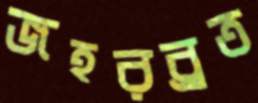
জহরব্রত